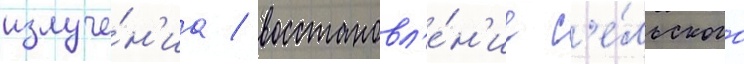
излуче́н'иа / восстановл'е́н'ие с'е́льского